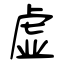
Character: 虚